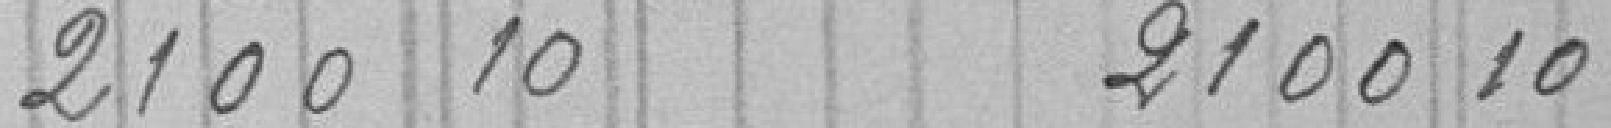
2100 10     2100 10